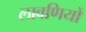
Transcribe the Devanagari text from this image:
लावणियों